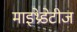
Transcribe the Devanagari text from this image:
माइथ्रेडेटीज